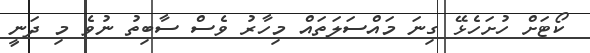
ކޯޓަށް ހުށަހެޅޭ ގިނަ މައްސަލަތައް މިހާރު ވެސް ސާބިތު ނުވެ މި ދަނީ